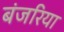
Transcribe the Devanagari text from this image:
बंजरिया